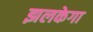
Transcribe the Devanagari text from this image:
झलकेगा